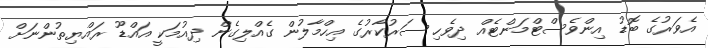
އެވަރުގެ ބޮޑު އިންވެސްޓްމަންޓެއް ދިވެހި ސަރުކާރުގެ އިހްމާލުން ގެއްލިގެން ދިއުމަކީ އައްޑޫ ރައްޔިތުންނަށް